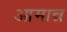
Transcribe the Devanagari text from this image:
आमान्न